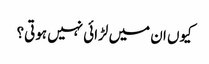
کیوں ان میں لڑائی نہیں ہوتی؟